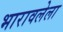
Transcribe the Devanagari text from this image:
भारावलेला